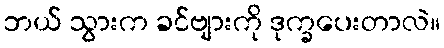
ဘယ် သွားက ခင်ဗျားကို ဒုက္ခပေးတာလဲ။